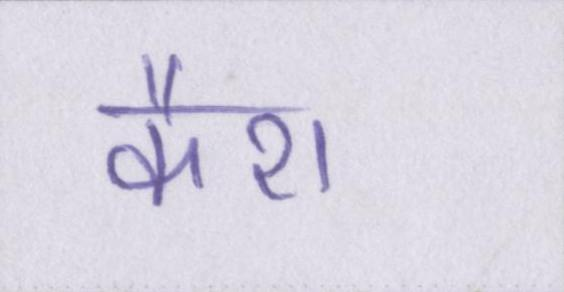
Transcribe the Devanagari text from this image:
कैश